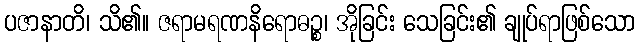
ပဇာနာတိ၊ သိ၏။ ဇရာမရဏနိရောဓဉ္စ၊ အိုခြင်း သေခြင်း၏ ချုပ်ရာဖြစ်သော